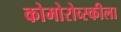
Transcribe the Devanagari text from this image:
कोमोरोव्स्कीला